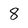
Character: 8